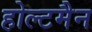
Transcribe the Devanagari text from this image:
होल्टमैन